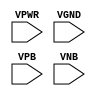
module sky130_fd_sc_ls__tapvgndnovpb (
    VPWR,
    VGND,
    VPB ,
    VNB
);

    // Module ports
    input VPWR;
    input VGND;
    input VPB ;
    input VNB ;
     // No contents.
endmodule